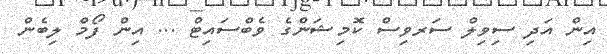
އިން އަދި ސިވިލް ސަރވިސް ކޮމިޝަންގެ ވެބްސައިޓް ... އިން ފޯމް ލިބެން